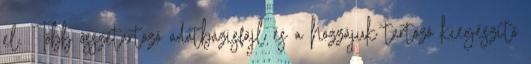
el. Több összetartozó adatbázisfájl és a hozzájuk tartozó kiegészítő